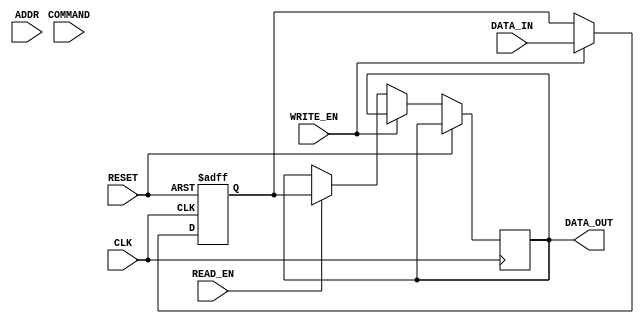
module ddr_sdram (
    input wire CLK,
    input wire RESET,
    input wire [7:0] DATA_IN,
    output reg [7:0] DATA_OUT,
    input wire WRITE_EN,
    input wire READ_EN,
    input wire [7:0] ADDR,
    input wire [3:0] COMMAND
);

reg [7:0] data_reg;
reg [7:0] address_reg;
reg [3:0] command_reg;

always @(posedge CLK or posedge RESET) begin
    if (RESET) begin
        data_reg <= 8'b0;
        address_reg <= 8'b0;
        command_reg <= 4'b0;
    end else begin
        if (WRITE_EN) begin
            data_reg <= DATA_IN;
            address_reg <= ADDR;
            command_reg <= COMMAND;
        end else if (READ_EN) begin
            DATA_OUT <= data_reg;
        end
    end
end

endmodule